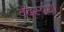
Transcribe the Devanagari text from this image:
वेदस्पर्धा